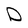
Character: D